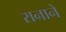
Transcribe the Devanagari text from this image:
रानाने